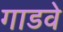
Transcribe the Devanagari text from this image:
गाडवे